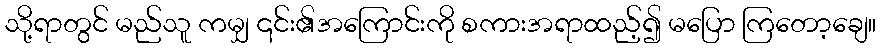
သို့ရာတွင် မည်သူ ကမျှ ၎င်း၏အကြောင်းကို စကားအရာထည့်၍ မပြော ကြတော့ချေ။